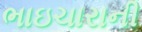
ભાઇચારાની